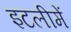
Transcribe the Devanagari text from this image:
इटलीमें